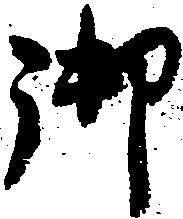
御